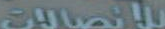
للاتصالات